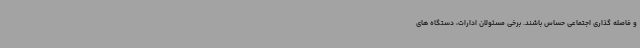
و فاصله گذاری اجتماعی حساس باشند. برخی مسئولان ادارات، دستگاه های